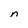
Character: n